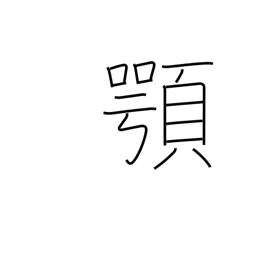
Meaning: jaw